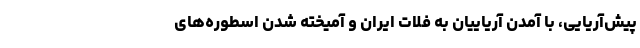
پیش‌آریایی، با آمدن آریاییان به فلات ایران و آمیخته شدن اسطوره‌های